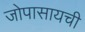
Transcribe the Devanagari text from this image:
जोपासायची